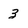
Character: 3